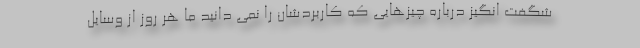
شگفت انگیز درباره چیزهایی که کاربردشان را نمی دانید ما هر روز از وسایل